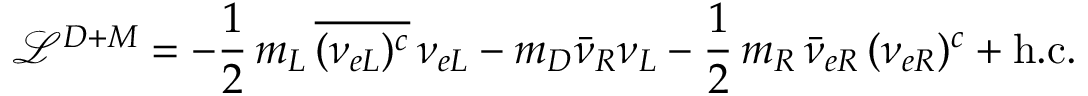
\mathcal { L } ^ { D + M } = - \frac { 1 } { 2 } \, m _ { L } \, \overline { { { ( \nu _ { e L } ) ^ { c } } } } \, \nu _ { e L } - m _ { D } \bar { \nu } _ { R } \nu _ { L } - \frac { 1 } { 2 } \, m _ { R } \, { \bar { \nu } _ { e R } } \, ( \nu _ { e R } ) ^ { c } + \mathrm { h . c . }